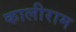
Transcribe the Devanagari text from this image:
कालीराम